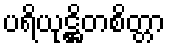
ပရိယုဋ္ဌိတစိတ္တာ